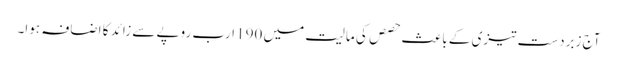
آج زبردست تیزی کے باعث حصص کی مالیت میں 190 ارب روپے سے زائد کا اضافہ ہوا۔